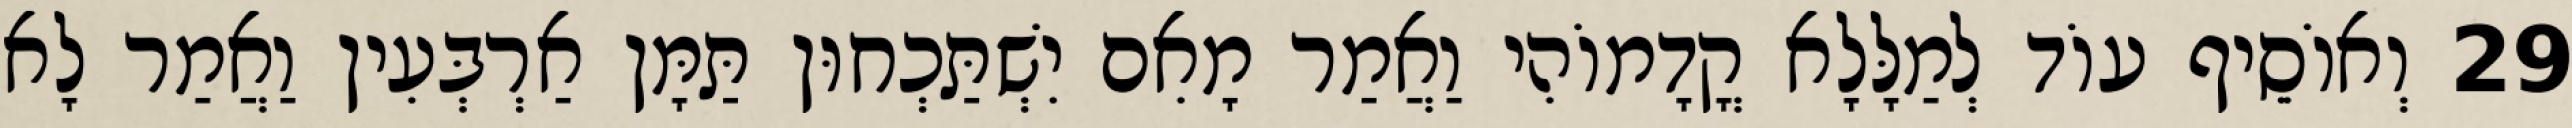
29 וְאוֹסֵיף עוֹד לְמַלָּלָא קֳדָמוֹהִי וַאֲמַר מָאִם יִשְׁתַּכְחוּן תַּמָּן אַרְבְּעִין וַאֲמַר לָא